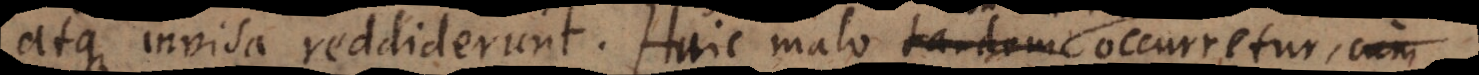
atque invisa reddiderunt. Huic malo tandem occurretur, cum